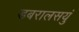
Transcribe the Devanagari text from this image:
डबरालसयुं